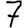
Digit: 7